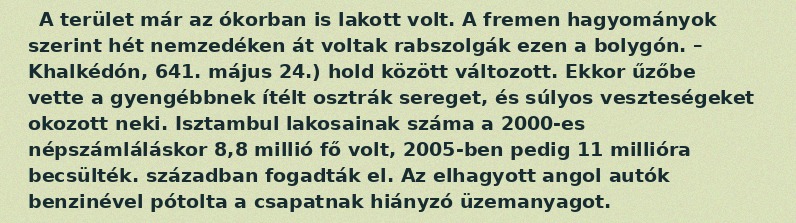
A terület már az ókorban is lakott volt. A fremen hagyományok szerint hét nemzedéken át voltak rabszolgák ezen a bolygón. – Khalkédón, 641. május 24.) hold között változott. Ekkor űzőbe vette a gyengébbnek ítélt osztrák sereget, és súlyos veszteségeket okozott neki. Isztambul lakosainak száma a 2000-es népszámláláskor 8,8 millió fő volt, 2005-ben pedig 11 millióra becsülték. században fogadták el. Az elhagyott angol autók benzinével pótolta a csapatnak hiányzó üzemanyagot.